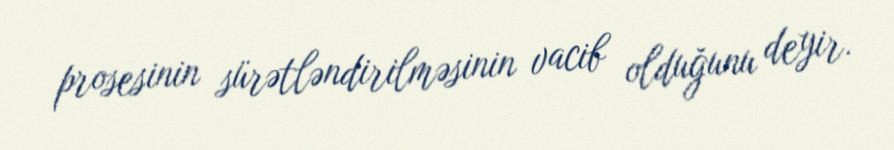
prosesinin sürətləndirilməsinin vacib olduğunu deyir.